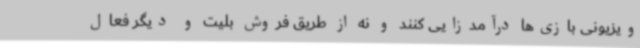
ویزیونی بازی‌ها درآمدزایی کنند و نه از طریق فروش بلیت و دیگر فعال